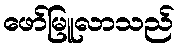
ဖော်မြူလာသည်